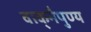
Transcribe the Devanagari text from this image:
वाक्‌नैपुण्य